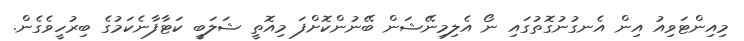
މިއިންޓަވިއު އިން އެނގުނުގޮތުގައި ނޯ އެލިިމިނޭޝަން ބޭނުންކޮށްފަ މިއޮތީ ޝަލަބީ ކަޓާފާނެކަމުގެ ބިރުހީވެގެން.